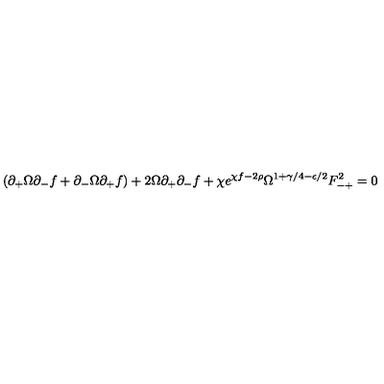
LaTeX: ( \partial _ { + } \Omega \partial _ { - } f + \partial _ { - } \Omega \partial _ { + } f ) + 2 \Omega \partial _ { + } \partial _ { - } f + \chi e ^ { \chi f - 2 \rho } \Omega ^ { 1 + \gamma / 4 - \epsilon / 2 } F _ { - + } ^ { 2 } = 0